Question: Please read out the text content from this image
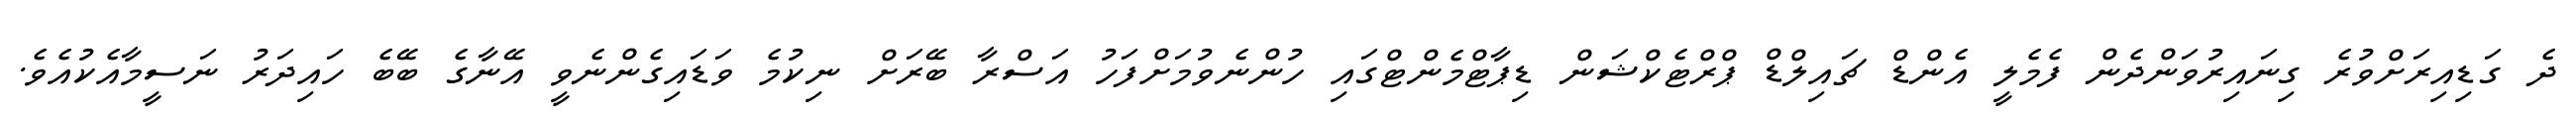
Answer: ދެ ގަޑިއިރަށްވުރެ ގިނައިރުވަންދެން ފެމެލީ އެންޑް ޗައިލްޑް ޕްރްޓެކްޝަން ޑިޕާޓްމެންޓްގައި ހުންނެވުމަށްފަހު އަސްރާ ބޭރަށް ނިކުމެ ވަޑައިގެންނެވީ އޭނާގެ ބޭބެ ހައިދަރު ނަސީމާއެކުއެވެ.